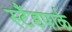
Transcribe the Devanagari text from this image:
स्टैंडपार्क